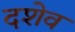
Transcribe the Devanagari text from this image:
दशेव